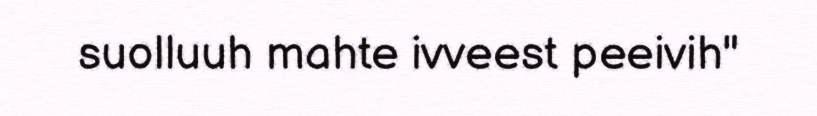
suolluuh mahte ivveest peeivih"